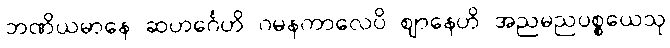
ဘဏိယမာနေ ဆဟင်္ဂေဟိ ဂမနကာလေပိ ဈာနေဟိ အညမညပစ္စယေသု